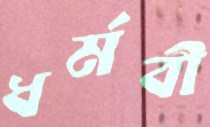
ধর্মবী